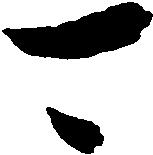
可